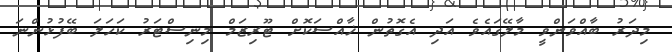
މިދަރު ބާއްވަންވީ މާލޭގައެވެ އަދި އެގޮތުން ޚާއްސަކޮށް ޓޫރިޒަމް މިނިސްޓަރު ކަހަލަ ބޭފުޅުންނަ